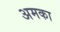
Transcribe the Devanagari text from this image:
अमका